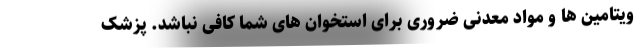
ویتامین ها و مواد معدنی ضروری برای استخوان های شما کافی نباشد. پزشک